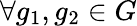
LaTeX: \forall g_{1},g_{2}\in G